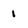
Character: 1